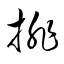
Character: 排